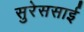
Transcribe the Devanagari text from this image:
सुरेससाई